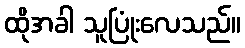
ထိုအခါ သူပြုံးလေသည်။